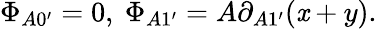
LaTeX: \Phi_{A0^{\prime}}=0,\ \Phi_{A1^{\prime}}=A\partial_{A1^{\prime}}(\mathit{x}+y).